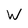
Character: W